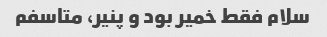
سلام فقط خمیر بود و پنیر، متاسفم